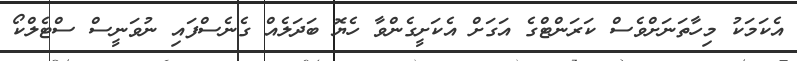
އެކަމަކު މިހާތަނަށްވެސް ކަރަންޓްގެ އަގަށް އެކަށީގެންވާ ހެޔޮ ބަދަލެއް ގެނެސްފަައި ނުވަނީސް ސްޓެލްކޯ